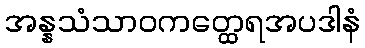
အန္နသံသာဝကတ္ထေရအပဒါနံ